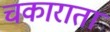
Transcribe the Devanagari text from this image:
चकाराता